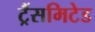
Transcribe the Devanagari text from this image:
ट्रैंसमिटेड